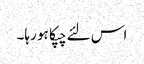
اس لئے چپکا ہو رہا۔